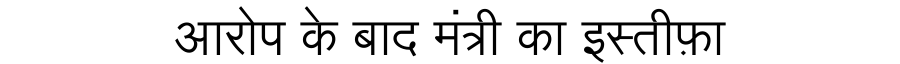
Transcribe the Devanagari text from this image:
आरोप के बाद मंत्री का इस्तीफ़ा